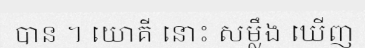
បាន ។ យោគី នោះ សម្លឹង ឃើញ